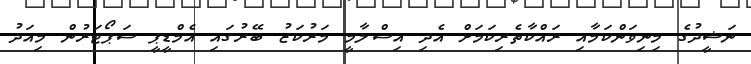
ނަޝީދުގެ މިނިވަންކަމާއި ރައްކާތެރިކަމަށް އެދި އިސްލާމީ މަރުކަޒު ބޭރުގައި އެމްޑީޕީ ސަޕޯޓަރުން މިއަދު